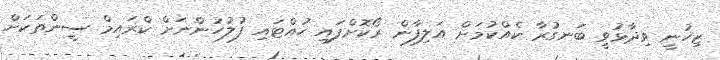
ޒިހުނީ ވިދާޅުވީ ބަނގުރާ ކެއްކުމަށް އަލިފާން ރޯކޮށްފައި ހުއްޓައި ފުލުހުންނަށް ކްރައިމް ސީންތަކަށް